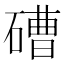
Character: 𥕢